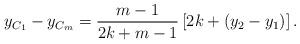
LaTeX: \begin{align*}y_{C_1} - y_{C_m} = \frac{m-1}{2k + m -1} \left[ 2k + \left( y_2 - y_1 \right) \right]. \end{align*}